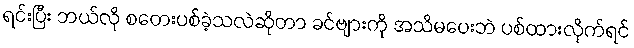
ရင်းပြီး ဘယ်လို စတေးပစ်ခဲ့သလဲဆိုတာ ခင်ဗျားကို အသိမပေးဘဲ ပစ်ထားလိုက်ရင်